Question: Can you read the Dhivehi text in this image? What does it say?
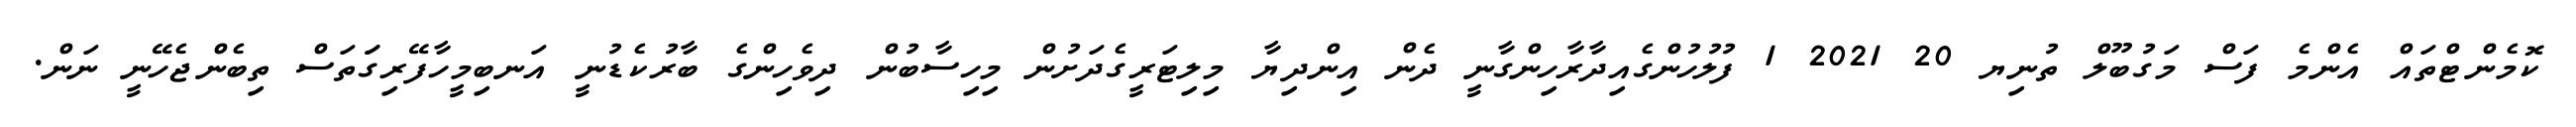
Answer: ކޮމެންޓްތައް އެންމެ ފަސް މަގުބޫލް ތުނިޔ 20 2021 1 ފުލުހުންގެއިދާރާހިންގާނީ ދެން އިންދިޔާ މިލިޓަރީގެދަށުން މިހިސާބުން ދިވެހިންގެ ބާރުކެޑުނީ އަނބިމީހާފޭރިގަަތަސް ތިބެންޖެހޭނީ ނަން.